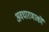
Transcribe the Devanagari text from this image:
अवधारणाकों